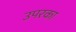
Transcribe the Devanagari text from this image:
उपरका